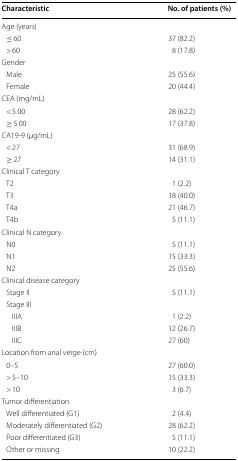
| Characteristic | No. of patients (%) |
 | --- | --- |
 | <COLSPAN=2> Age (years) |
 | ≤ 60 | 37 (82.2) |
 | > 60 | 8 (17.8) |
 | <COLSPAN=2> Gender |
 | Male | 25 (55.6) |
 | Female | 20 (44.4) |
 | <COLSPAN=2> CEA (mg/mL) |
 | < 5.00 | 28 (62.2) |
 | ≥ 5.00 | 17 (37.8) |
 | <COLSPAN=2> CA19-9 (μg/mL) |
 | < 27 | 31 (68.9) |
 | ≥ 27 | 14 (31.1) |
 | <COLSPAN=2> Clinical T category |
 | T2 | 1 (2.2) |
 | T3 | 18 (40.0) |
 | T4a | 21 (46.7) |
 | T4b | 5 (11.1) |
 | <COLSPAN=2> Clinical N category |
 | N0 | 5 (11.1) |
 | N1 | 15 (33.3) |
 | N2 | 25 (55.6) |
 | <COLSPAN=2> Clinical disease category |
 | Stage II | 5 (11.1) |
 | <COLSPAN=2> Stage III |
 | IIIA | 1 (2.2) |
 | IIIB | 12 (26.7) |
 | IIIC | 27 (60) |
 | <COLSPAN=2> Location from anal verge (cm) |
 | 0–5 | 27 (60.0) |
 | > 5–10 | 15 (33.3) |
 | > 10 | 3 (6.7) |
 | <COLSPAN=2> Tumor differentiation |
 | Well differentiated (G1) | 2 (4.4) |
 | Moderately differentiated (G2) | 28 (62.2) |
 | Poor differentiated (G3) | 5 (11.1) |
 | Other or missing | 10 (22.2) |